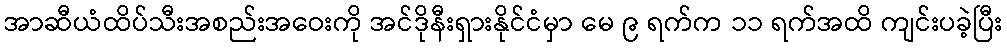
အာဆီယံထိပ်သီးအစည်းအဝေးကို အင်ဒိုနီးရှားနိုင်ငံမှာ မေ ၉ ရက်က ၁၁ ရက်အထိ ကျင်းပခဲ့ပြီး